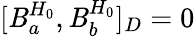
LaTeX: [{\cal\mathit{B}}_{a}^{H_{0}},{\cal\mathit{B}}_{b}^{H_{0}}]_{D}=0